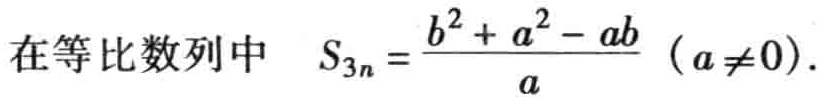
在等比数列中 \(S_{3n}=\frac{b^{2}+a^{2}-ab}{a}\ (a\neq0)\)